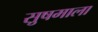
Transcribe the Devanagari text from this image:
सु़षमाला